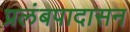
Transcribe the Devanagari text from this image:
प्रलंबपादासन